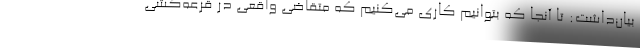
بیان‌داشت: تا آنجا که بتوانیم کاری می‌کنیم که متقاضی واقعی در قرعه‌کشی